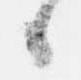
候